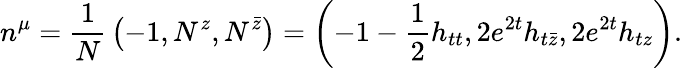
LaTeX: n^{\mu}={\frac{1}{N}}\left(-1,N^{z},N^{\bar{z}}\right)=\left(-1-{\frac{1}{2}}h_{tt},2e^{2t}h_{t\bar{z}},2e^{2t}h_{tz}\right).